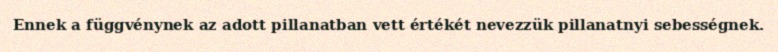
Ennek a függvénynek az adott pillanatban vett értékét nevezzük pillanatnyi sebességnek.